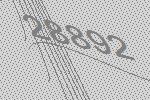
28892